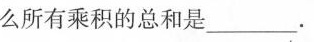
么所有乘积的总和是_____.